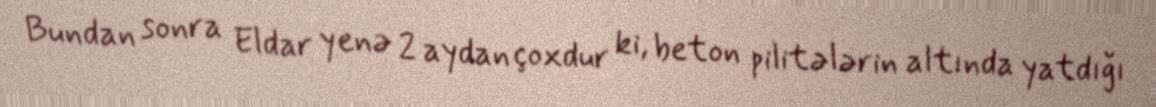
Bundan sonra Eldar yenə 2 aydan çoxdur ki, beton pilitələrin altında yatdığı